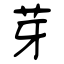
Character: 芽